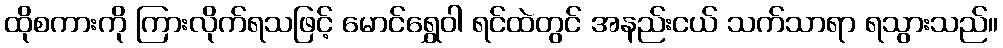
ထိုစကားကို ကြားလိုက်ရသဖြင့် မောင်ရွှေဝါ ရင်ထဲတွင် အနည်းငယ် သက်သာရာ ရသွားသည်။